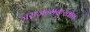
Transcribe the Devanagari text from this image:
जराजन्मदुःखौघ